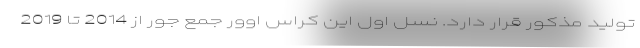
تولید مذکور قرار دارد. نسل اول این کراس اوور جمع جور از 2014 تا 2019